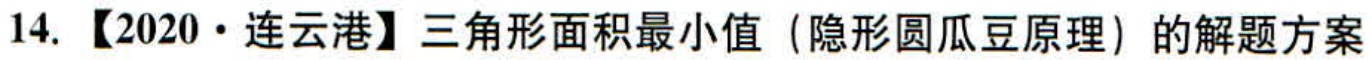
14. 【2020·连云港】三角形面积最小值（隐形圆瓜豆原理）的解题方案